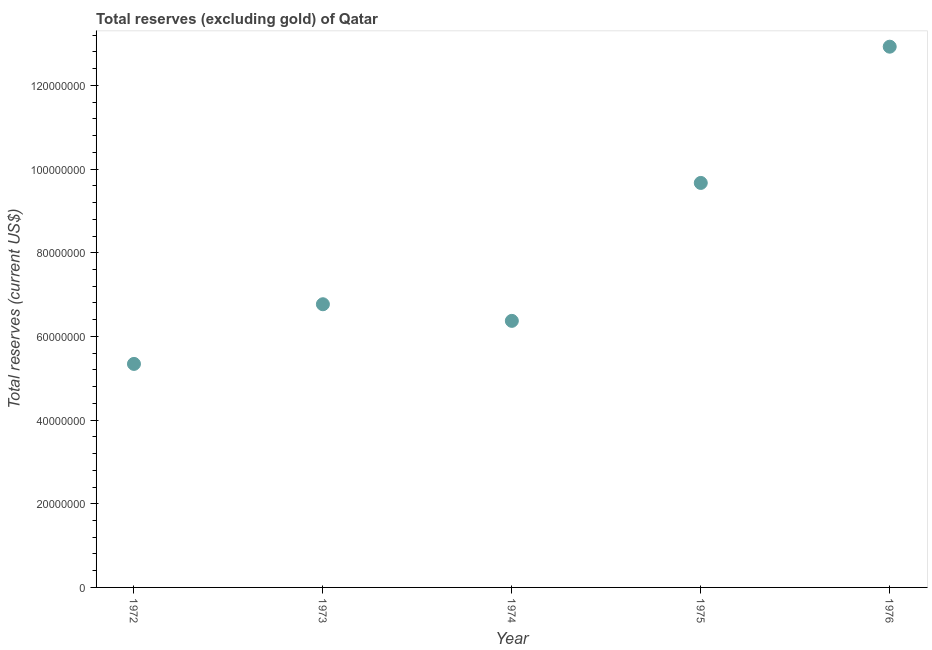
| Year | Total reserves minus gold (current US$) |
 | --- | --- |
 | 1972 | 5.34e+07 |
 | 1973 | 6.77e+07 |
 | 1974 | 6.37e+07 |
 | 1975 | 9.67e+07 |
 | 1976 | 1.29e+08 |